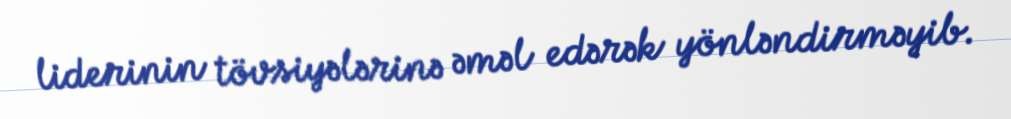
liderinin tövsiyələrinə əməl edərək yönləndirməyib.